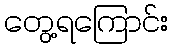
တွေ့ရကြောင်း